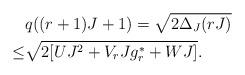
LaTeX: \begin{align*}&q((r+1)J+1) = \sqrt{2\Delta_J(rJ)} \\\leq &\sqrt{2[UJ^2 + V_r J g^*_r +WJ]}.\end{align*}